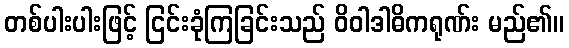
တစ်ပါးပါးဖြင့် ငြင်းခုံကြခြင်းသည် ဝိဝါဒါဓိကရုဏ်း မည်၏။